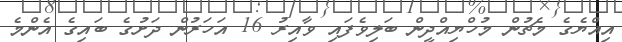
އިއްޔެގެ މެޗުން މުހްޔިއްދީން ބަލިވެފައި ވާއިރު 16 އަހަރުން ދަށުގެ ބައިގެ އެންމެ